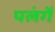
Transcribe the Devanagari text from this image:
पलंगें